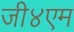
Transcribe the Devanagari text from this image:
जी४एम